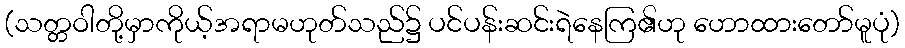
(သတ္တဝါတို့မှာကိုယ့်အရာမဟုတ်သည်၌ ပင်ပန်းဆင်းရဲနေကြ၏ဟု ဟောထားတော်မူပုံ)